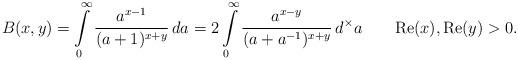
LaTeX: \begin{align*} B(x,y)=\int\limits_0^\infty\frac{a^{x-1}}{(a+1)^{x+y}}\,da=2\int\limits_0^\infty\frac{a^{x-y}}{(a+a^{-1})^{x+y}}\,d^\times a\qquad{\rm Re}(x),{\rm Re}(y)>0.\end{align*}